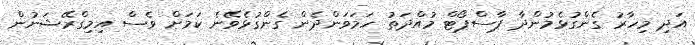
އަދި މިހާރު ގެންގުޅެމުންދާ ޕާސްޕޯޓް މުއްދަތު ހަމަވަންދެން ގެންގުޅެވޭނެ ކަމަށް ވެސް އިމިގްރޭޝަނުން